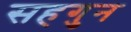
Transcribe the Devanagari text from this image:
सहगुन